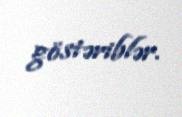
göstəriblər.